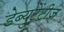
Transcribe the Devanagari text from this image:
डेब्युटेंटीज